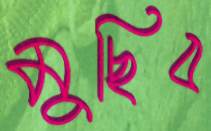
মুছিব